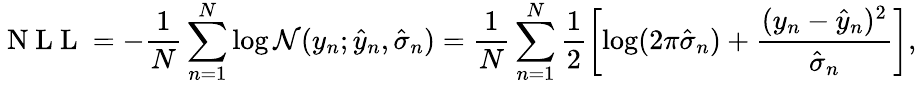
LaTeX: \mathrm{~N~L~L~}=-\frac{1}{N}\sum_{n=1}^{N}\log\mathcal{N}(y_{n};\hat{y}_{n},\hat{\sigma}_{n})=\frac{1}{N}\sum_{n=1}^{N}\frac{1}{2}\left[\log(2\pi\hat{\sigma}_{n})+\frac{(y_{n}-\hat{y}_{n})^{2}}{\hat{\sigma}_{n}}\right],